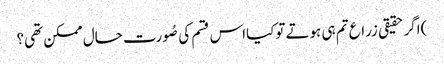
)اگر حقیقی زراع تم ہی ہوتے توکیااس قسم کی صُورت حال ممکن تھی؟